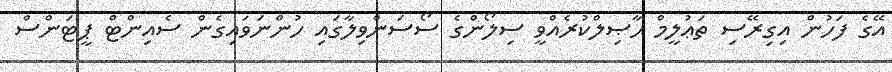
އޭގެ ފަހުން އިގިރޭސި ތަޢުލީމް ޙާޞިލްކުރެއްވީ ސިލޯންގެ ސޯސަންވިލާގައި ހުންނަވައިގެން ސެއިންޓް ޕީޓަންސް